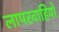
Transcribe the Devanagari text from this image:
लापरवाहियों